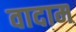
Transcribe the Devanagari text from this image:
वादाम